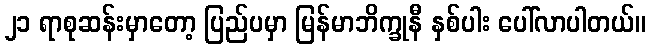
၂၁ ရာစုဆန်းမှာတော့ ပြည်ပမှာ မြန်မာဘိက္ခုနီ နှစ်ပါး ပေါ်လာပါတယ်။